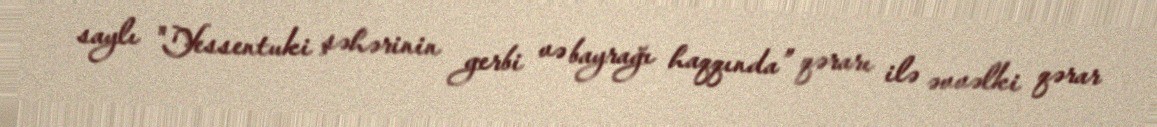
saylı "Yessentuki şəhərinin gerbi və bayrağı haqqında” qərarı ilə əvvəlki qərar